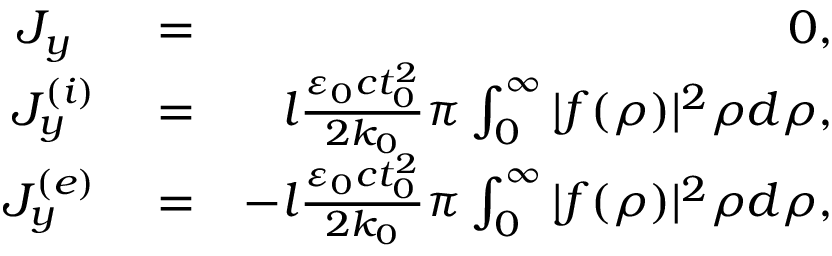
\begin{array} { r l r } { J _ { y } \, \, \, } & { { } = } & { 0 , } \\ { J _ { y } ^ { ( i ) } } & { { } = } & { l \frac { \varepsilon _ { 0 } c t _ { 0 } ^ { 2 } } { 2 k _ { 0 } } \pi \int _ { 0 } ^ { \infty } | f ( \rho ) | ^ { 2 } \rho d \rho , } \\ { J _ { y } ^ { ( e ) } } & { { } = } & { - l \frac { \varepsilon _ { 0 } c t _ { 0 } ^ { 2 } } { 2 k _ { 0 } } \pi \int _ { 0 } ^ { \infty } | f ( \rho ) | ^ { 2 } \rho d \rho , } \end{array}